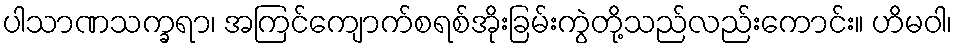
ပါသာဏသက္ခရာ၊ အကြင်ကျောက်စရစ်အိုးခြမ်းကွဲတို့သည်လည်းကောင်း။ ဟိမဝါ၊